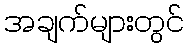
အချက်များတွင်